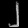
Digit: ၂